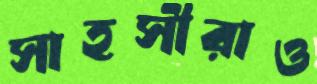
সাহসীরাও